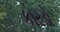
કોરડો